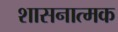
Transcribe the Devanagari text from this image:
शासनात्मक